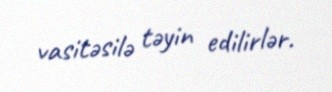
vasitəsilə təyin edilirlər.